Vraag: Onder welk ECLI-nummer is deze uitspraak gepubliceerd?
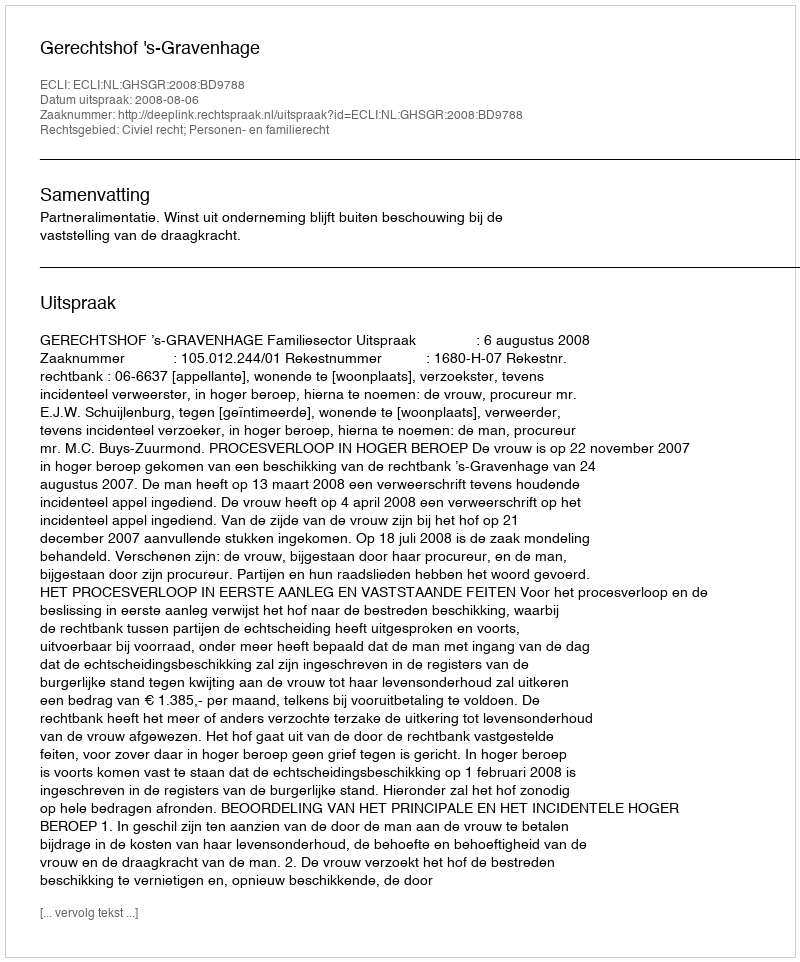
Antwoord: ECLI:NL:GHSGR:2008:BD9788